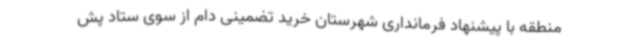
منطقه با پیشنهاد فرمانداری شهرستان خرید تضمینی دام از سوی ستاد پش